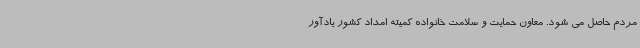
مردم حاصل می شود. معاون حمایت و سلامت خانواده کمیته امداد کشور یادآور